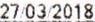
27/03/2018